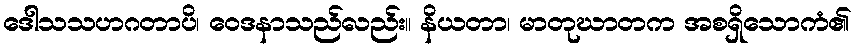
ဒေါသသဟဂတာပိ၊ ဝေဒနာသည်လည်း။ နိယတာ၊ မာတုဃာတက အစရှိသောကံ၏